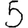
Digit: 5